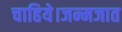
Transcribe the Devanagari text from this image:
चाहिये।जन्मजात